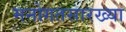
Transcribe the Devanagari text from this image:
मनोगतसारख्या